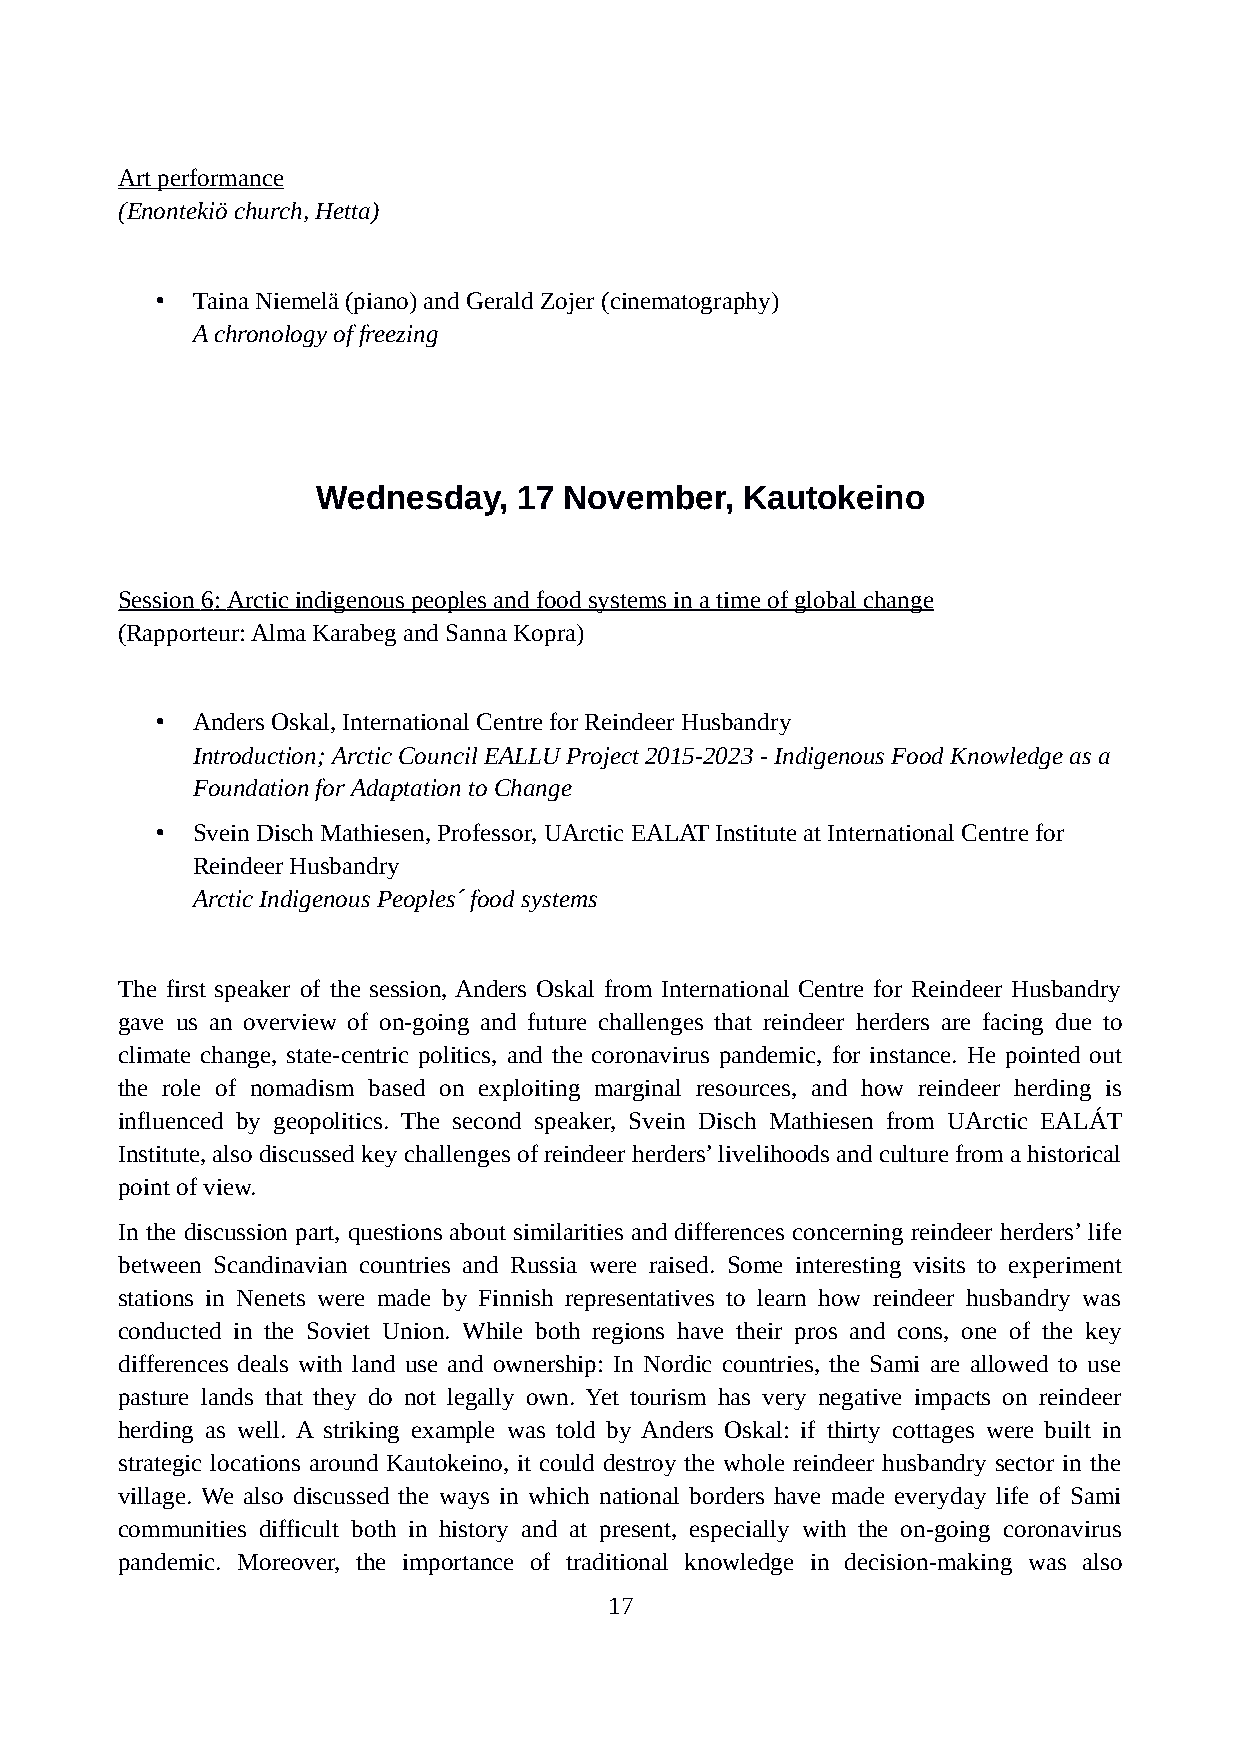
Art performance
 (Enontekiö church, Hetta)
 •  Taina Niemelä (piano) and Gerald Zojer (cinematography)
 A chronology of freezing
 Wednesday,   17 November,   Kautokeino
 Session 6 : Arctic indigenous peoples and food systems in a time of global change
 (Rapporteur: Alma Karabeg and Sanna Kopra)
 •  Anders Oskal, International Centre for Reindeer Husbandry
 Introduction; Arctic Council EALLU Project 2015-2023 - Indigenous Food Knowledge as a
 Foundation for Adaptation to Change
 •  Svein Disch Mathiesen, Professor, UArctic EALAT Institute at International Centre for
 Reindeer Husbandry
 Arctic Indigenous Peoples´ food systems
 The first speaker of the session, Anders Oskal from International Centre for Reindeer Husbandry
 gave us an overview of on-going and future challenges that reindeer herders are facing due to
 climate change, state-centric politics, and the coronavirus pandemic, for instance. He pointed out
 the role of nomadism based on exploiting marginal resources, and how reindeer herding is
 influenced by geopolitics. The second speaker, Svein Disch Mathiesen from UArctic EALÁT
 Institute, also discussed key challenges of reindeer herders’ livelihoods and culture from a historical
 point of view.
 In the discussion part, questions about similarities and differences concerning reindeer herders’ life
 between Scandinavian countries and Russia were raised. Some interesting visits to experiment
 stations in Nenets were made by Finnish representatives to learn how reindeer husbandry was
 conducted in the Soviet Union. While both regions have their pros and cons, one of the key
 differences deals with land use and ownership: In Nordic countries, the Sami are allowed to use
 pasture lands that they do not legally own. Yet tourism has very negative impacts on reindeer
 herding as well. A striking example was told by Anders Oskal: if thirty cottages were built in
 strategic locations around Kautokeino, it could destroy the whole reindeer husbandry sector in the
 village. We also discussed the ways in which national borders have made everyday life of Sami
 communities difficult both in history and at present, especially with the on-going coronavirus
 pandemic. Moreover, the importance of traditional knowledge in decision-making was also
 17